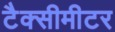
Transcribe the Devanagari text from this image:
टैक्सीमीटर